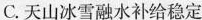
C.天山冰雪融水补给稳定